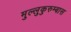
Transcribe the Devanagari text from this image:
मुल्लुकुरुम्बास